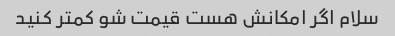
سلام اگر امکانش هست قیمت شو کمتر کنید